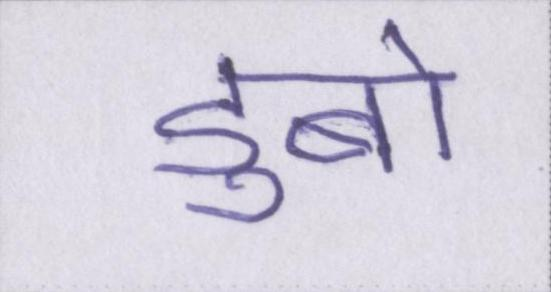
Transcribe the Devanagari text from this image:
डुबो